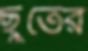
ছুতের